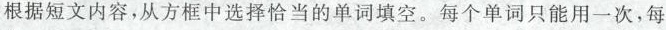
根据短文内容,从方框中选择恰当的单词填空.每个单词只能用一次,每